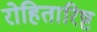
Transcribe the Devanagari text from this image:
रोहितारिष्ट